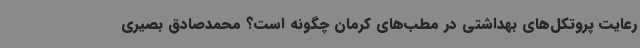
رعایت پروتکل‌های بهداشتی در مطب‌های کرمان چگونه است؟ محمدصادق بصیری